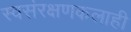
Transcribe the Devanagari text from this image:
स्वसंरक्षणकलाही